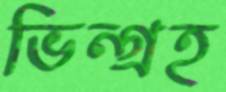
ভিন্গ্রহ